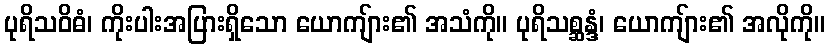
ပုရိသဝိဓံ၊ ကိုးပါးအပြားရှိသော ယောကျ်ား၏ အသံကို။ ပုရိသစ္ဆန္ဒံ၊ ယောကျ်ား၏ အလိုကို။